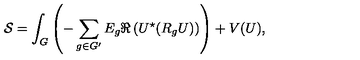
{ \cal S } = \int _ { G } \left( - \sum _ { g \in G ^ { \prime } } E _ { g } \Re \left( U ^ { \star } ( R _ { g } U ) \right) \right) + V ( U ) ,